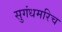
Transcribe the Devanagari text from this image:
सुगंधमरिच